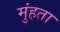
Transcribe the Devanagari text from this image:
मुंहता